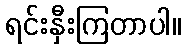
ရင်းနှီးကြတာပါ။